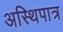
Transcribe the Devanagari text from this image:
अस्थिपात्र